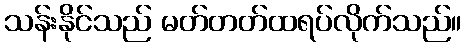
သန်းနိုင်သည် မတ်တတ်ထရပ်လိုက်သည်။